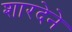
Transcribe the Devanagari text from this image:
शारदेने